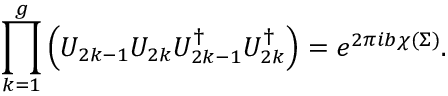
\prod _ { k = 1 } ^ { g } \left( { \cal U } _ { 2 k - 1 } { \cal U } _ { 2 k } { \cal U } _ { 2 k - 1 } ^ { \dagger } { \cal U } _ { 2 k } ^ { \dagger } \right) = e ^ { 2 \pi i b \chi ( \Sigma ) } .